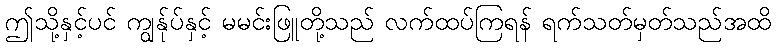
ဤသို့နှင့်ပင် ကျွန်ုပ်နှင့် မမင်းဖြူတို့သည် လက်ထပ်ကြရန် ရက်သတ်မှတ်သည်အထိ